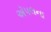
ઍપલના